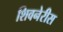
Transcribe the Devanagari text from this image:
शिवनेरीस